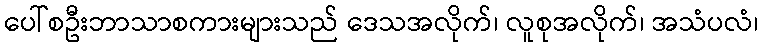
ပေါ်စဦးဘာသာစကားများသည် ဒေသအလိုက်၊ လူစုအလိုက်၊ အသံပလံ၊